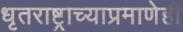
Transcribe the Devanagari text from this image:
धृतराष्ट्राच्याप्रमाणेही